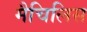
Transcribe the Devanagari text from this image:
मैचिलिस